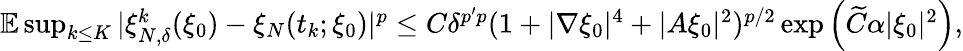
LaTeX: \begin{array}{r}{\mathbb{E}\operatorname*{sup}_{k\leq K}|\xi_{N,\delta}^{k}(\xi_{0})-\xi_{N}(t_{k};\xi_{0})|^{p}\leq C\delta^{{p^{\prime}}p}(1+|\nabla\xi_{0}|^{4}+|A\xi_{0}|^{2})^{p/2}\exp\left(\widetilde{C}\alpha|\xi_{0}|^{2}\right),}\end{array}